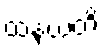
ထနယတိ